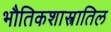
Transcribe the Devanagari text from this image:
भौतिकशास्त्रातिल